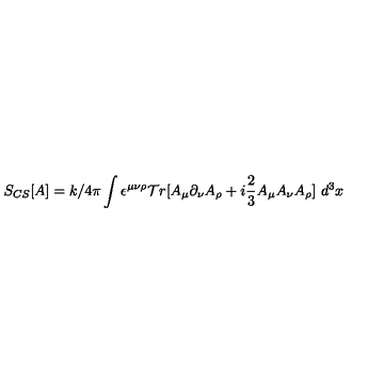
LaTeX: S _ { C S } [ A ] = k / 4 \pi \int \epsilon ^ { \mu \nu \rho } { \cal T } r [ A _ { \mu } \partial _ { \nu } A _ { \rho } + i \frac { 2 } { 3 } A _ { \mu } A _ { \nu } A _ { \rho } ] \ d ^ { 3 } x